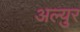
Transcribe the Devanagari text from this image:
अल्युर